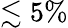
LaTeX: \lesssim 5\%